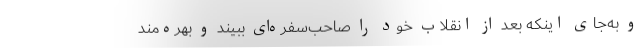
و به‌جای اینکه بعد از انقلاب خود را صاحب‌سفره‌ای ببیند و بهره‌مند